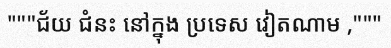
"""ជ័យ ជំនះ នៅក្នុង ប្រទេស វៀតណាម ,"""